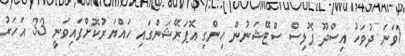
1ވަނަ ދުވަހު އިސްދޫ ޕޮލިސް ސްޓޭޝަނުން ހިންގި އޮޕަރޭޝަންގައި ހައްޔަރުކޮށްފައިވަނީ 33 އަހަރު